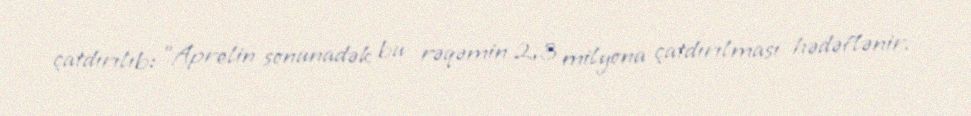
çatdırılıb: "Aprelin sonunadək bu rəqəmin 2,3 milyona çatdırılması hədəflənir.